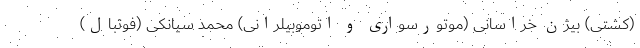
(کشتی) بیژن خراسانی (موتورسواری و اتوموبیلرانی) محمد سیانکی (فوتبال)